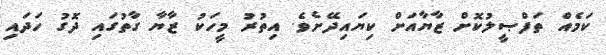
ކަމެއް ތަފްޞީލުކޮށް ޒާޔާއަށް ކިޔައިދޭށެެވެ. އިތުރު މީހަކު ޒާޔާ ގާތުގައި ދޮގު ހަދައި